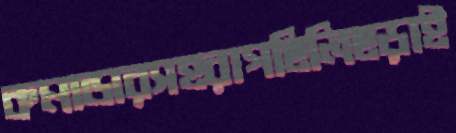
কমান্ডারসহরাগছিলিছড়াই